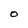
Character: O